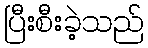
ပြီးစီးခဲ့သည်